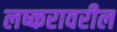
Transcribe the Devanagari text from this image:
लष्करावरील